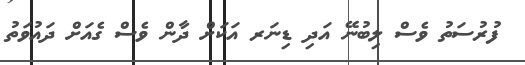
ފުރުސަތު ވެސް ލިބުނޭ އަދި ޑިނަރ އަކަށް ދާން ވެސް ގެއަށް ދައުވަތު